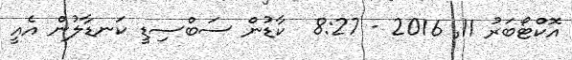
އޮކްޓޯބަރު 11